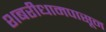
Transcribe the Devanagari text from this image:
शबरीधामपासून